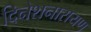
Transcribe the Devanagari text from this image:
दिनेशनारायण